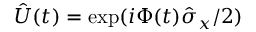
\hat { U } ( t ) = \exp ( i \Phi ( t ) \hat { \sigma } _ { x } / 2 )